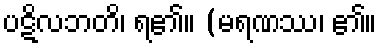
ပဋိလဘတိ၊ ရ၏။ (မရဏဿ၊ ၏။